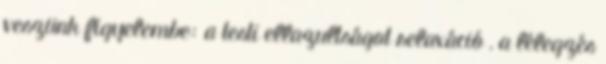
veszünk figyelembe: a testi ellazultságot relaxáció , a lélegzés